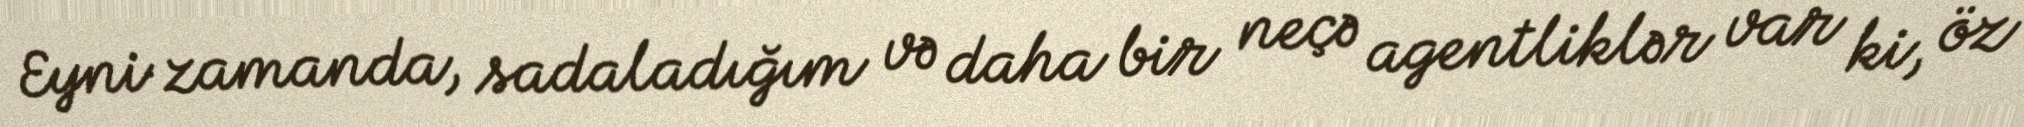
Eyni zamanda, sadaladığım və daha bir neçə agentliklər var ki, öz